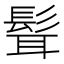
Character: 髶